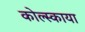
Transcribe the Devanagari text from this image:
कोल्स्काया